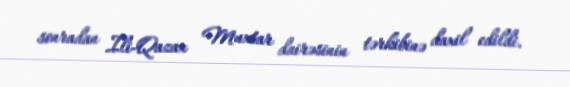
sonradan İli-Qazax Muxtar dairəsinin tərkibinə daxil edildi.